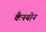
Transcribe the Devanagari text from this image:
कैनयोन